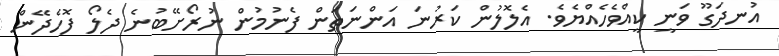
އުނދަގޫ ވަނީ ކީއްވެހެއްޔެވެ. އެލޮލުން ކަރުނަ އަންނަތަން ފެނުމުން ނުރޯށޭބުނެ ދެލޯ ފޮހެދޭން